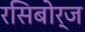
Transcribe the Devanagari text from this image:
रसिबोर्ज